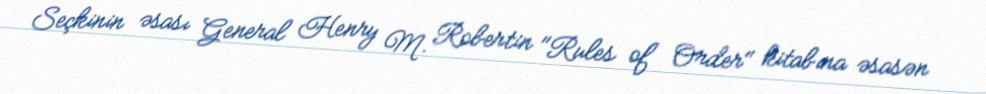
Seçkinin əsası General Henry M. Robertin "Rules of Order" kitabına əsasən